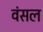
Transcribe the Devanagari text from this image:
वंसल